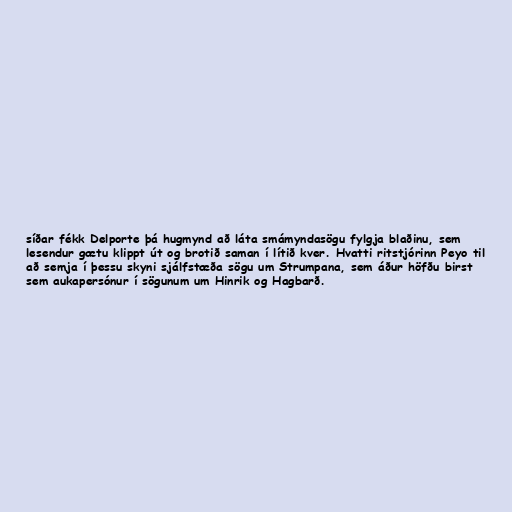
síðar fékk Delporte þá hugmynd að láta smámyndasögu fylgja blaðinu, sem
lesendur gætu klippt út og brotið saman í lítið kver. Hvatti ritstjórinn Peyo til
að semja í þessu skyni sjálfstæða sögu um Strumpana, sem áður höfðu birst
sem aukapersónur í sögunum um Hinrik og Hagbarð.